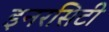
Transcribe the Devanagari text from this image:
इनरसिटी